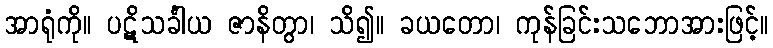
အာရုံကို။ ပဋိသင်္ခါယ ဇာနိတွာ၊ သိ၍။ ခယတော၊ ကုန်ခြင်းသဘောအားဖြင့်။